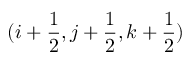
( i + \frac { 1 } { 2 } , j + \frac { 1 } { 2 } , k + \frac { 1 } { 2 } )